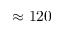
\approx 1 2 0